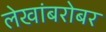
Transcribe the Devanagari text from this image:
लेखांबरोबर